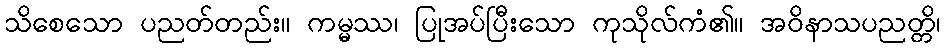
သိစေသော ပညတ်တည်း။ ကမ္မဿ၊ ပြုအပ်ပြီးသော ကုသိုလ်ကံ၏။ အဝိနာသပညတ္တိ၊